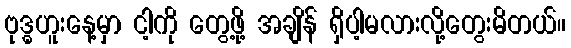
ဗုဒ္ဓဟူးနေ့မှာ ငါ့ကို တွေ့ဖို့ အချိန် ရှိပါ့မလားလို့တွေးမိတယ်။